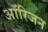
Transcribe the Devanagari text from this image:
आॅरिजन